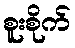
စူးစိုက်